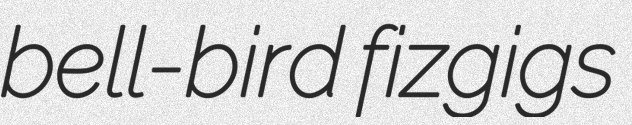
bell-bird fizgigs